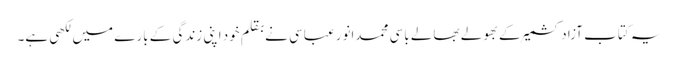
یہ کتاب آزادکشمیر کے بھولے بھالے باسی محمدانورعباسی نے بقلم خود اپنی زندگی کے بارے میں لکھی ہے۔